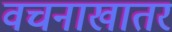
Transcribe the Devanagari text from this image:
वचनाखातर